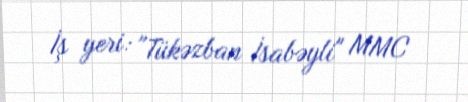
İş yeri: "Tükəzban İsabəyli" MMC